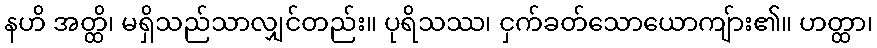
နဟိ အတ္ထိ၊ မရှိသည်သာလျှင်တည်း။ ပုရိသဿ၊ ငှက်ခတ်သောယောကျ်ား၏။ ဟတ္ထာ၊